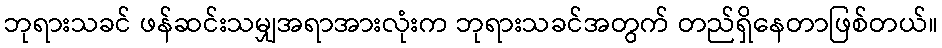
ဘုရားသခင် ဖန်ဆင်းသမျှအရာအားလုံးက ဘုရားသခင်အတွက် တည်ရှိနေတာဖြစ်တယ်။